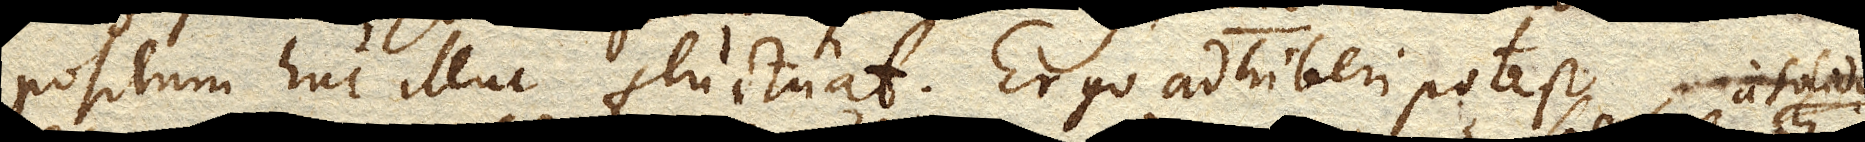
positum huc illuc fluctuat. Ergo adhiberi potest